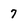
Character: 7